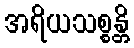
အရိယသစ္စန္တိ